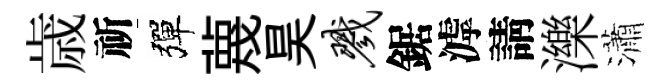
歳祈彈蔑昊戮鋸滹請濼瀟